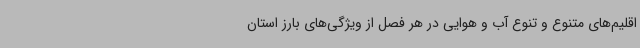
اقلیم‌های متنوع و تنوع آب و هوایی در هر فصل از ویژگی‌های بارز استان